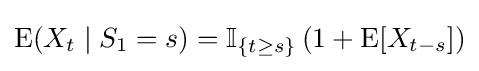
\operatorname {E} (X_{t}\mid S_{1}=s)=\operatorname {\mathbb {I} } _{\{t\geq s\}}\left(1+\operatorname {E} [X_{t-s}]\right)